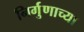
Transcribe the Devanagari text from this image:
निर्गुणाच्या